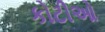
કોટીઓ